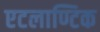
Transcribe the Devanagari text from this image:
एटलाण्टिक